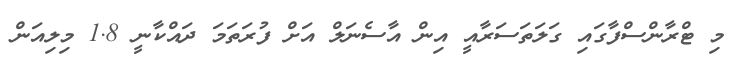
މި ޓްރާންސްފާގައި ގަލަތަސަރާއީ އިން އާސެނަލް އަށް ފުރަތަމަ ދައްކާނީ 1.8 މިލިއަން